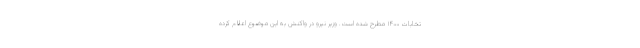
تخابات ۱۴۰۰ مطرح شده است. وزیر نیرو در واکنش به این موضوع اعلام کرده